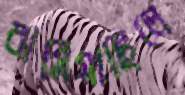
বাসিয়াছিলে